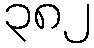
၃၈၂